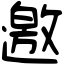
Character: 邀